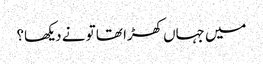
میں جہاں کھڑا تھا تو نے دیکھا؟